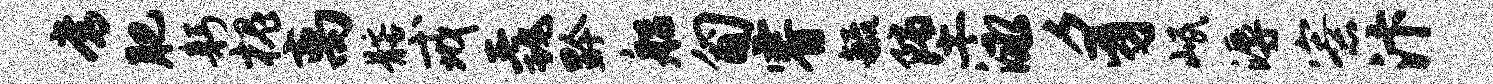
常肥躬槐离髂戒毳黔船匍睿毓堕泳豸岷溽寮汴